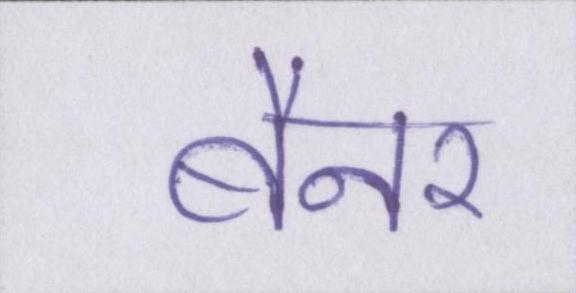
बैनर